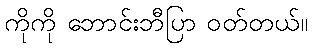
ကိုကို ဘောင်းဘီပြာ ဝတ်တယ်။